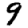
Digit: 9